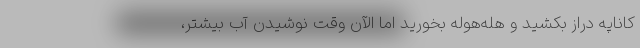
کاناپه دراز بکشید و هله‌هوله بخورید اما الآن وقت نوشیدن آب بیشتر،